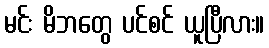
မင်း မိဘတွေ ပင်စင် ယူပြီလား။